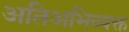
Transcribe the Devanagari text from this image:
अतिअभिव्यक्त